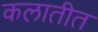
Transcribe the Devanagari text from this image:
कलातीत